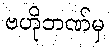
ဗဟိုဘဏ်မှ